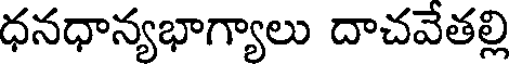
ధనధాన్యభాగ్యాలు దాచవేతల్లి